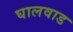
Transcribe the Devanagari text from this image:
घालवाड